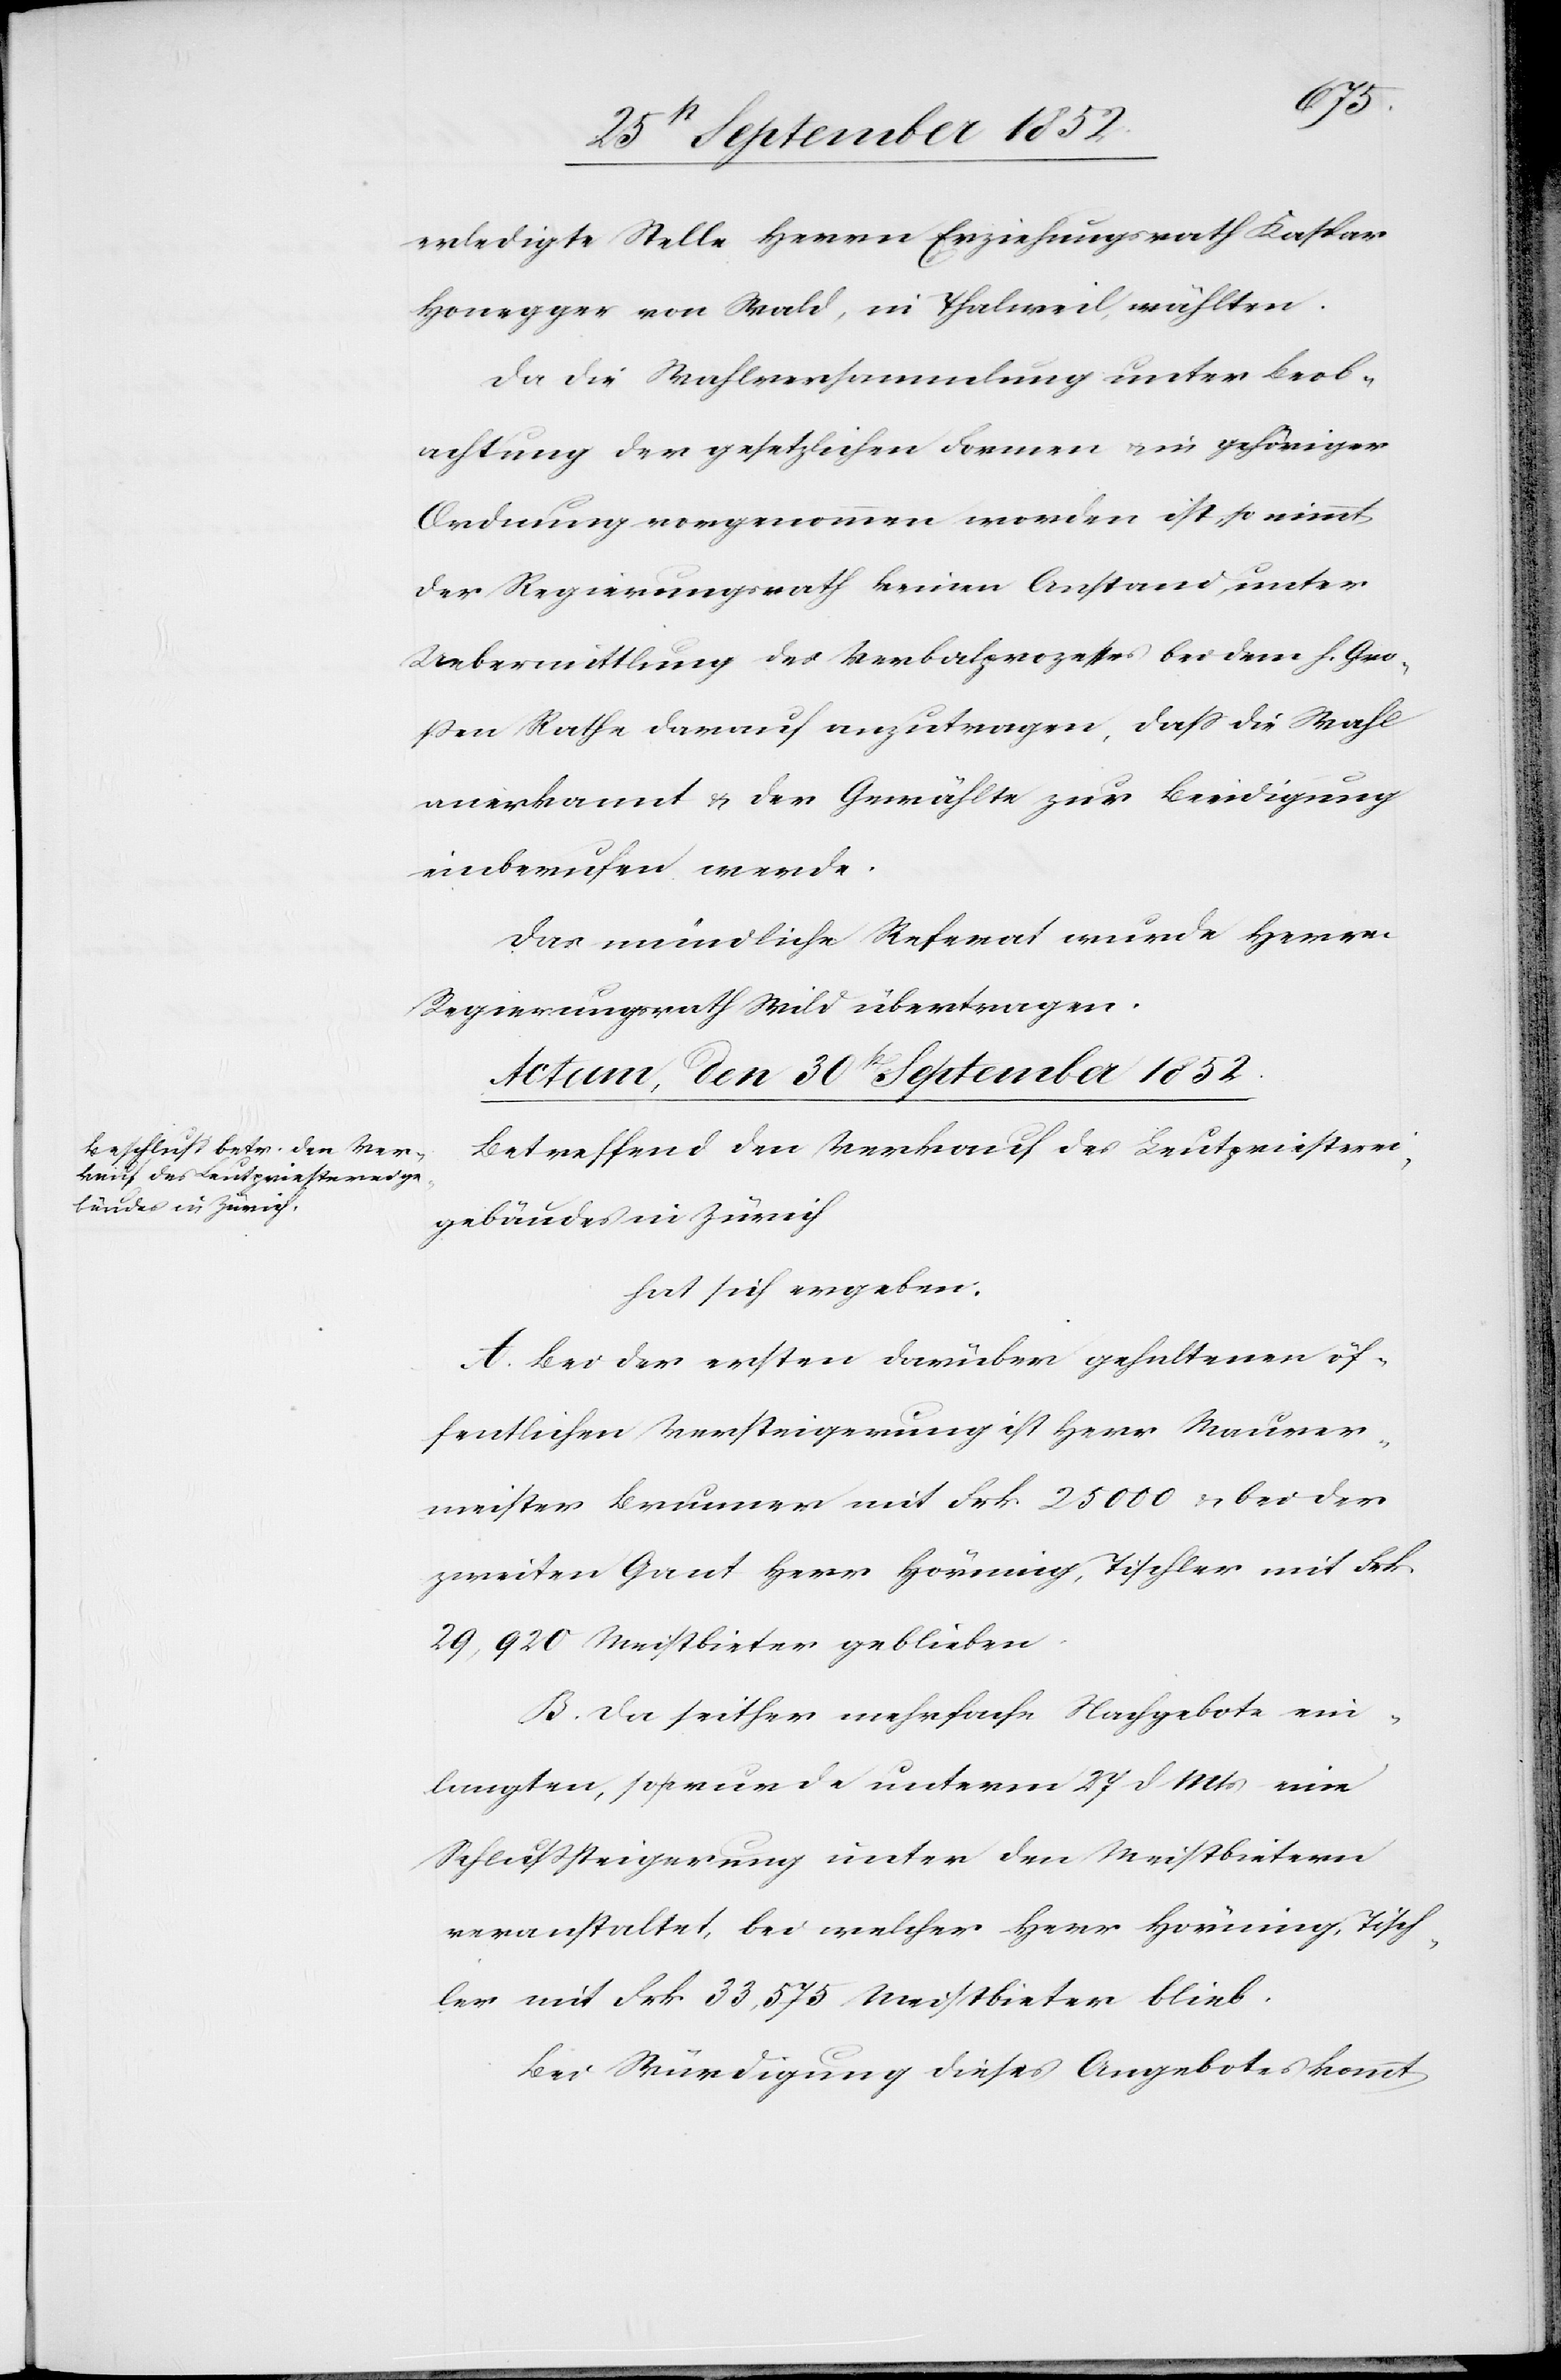
erledigte Stelle Herrn Erziehungsrath Kaspar
Honegger von Wald, in Thalweil, wählten.
Da die Wahlversammlung unter Beob¬
achtung der gesetzlichen Formen & in gehöriger
Ordnung vorgenommen worden ist, so nimmt
der Regierungsrath keinen Anstand, unter
Uebermittlung des Verbalprozesses bei dem h. Gro¬
ßen Rathe darauf anzutragen, dass die Wahl
anerkannt & der Gewählte zur Beeidigung
einberufen werde.
Das mündliche Referat wurde Herrn
Regierungsrath Wild übertragen.
Actum, den 30st September 1852.
Betreffend den Verkauf des Leutpriesterei¬
gebäudes in Zürich
hat sich ergeben:
A. Bei der ersten darüber gehaltenen öf¬
fentlichen Versteigerung ist Herr Maurer¬
meister Brunner mit Frk 25 000 & bei der
zweiten Gant Herr Hörning, Tischler mit Frk
29,920 Meistbieter geblieben.
B. Da seither mehrfache Nachgebote ein¬
langten, so wurde unterm 27 d Mts eine
Schlußsteigerung unter den Meistbietern
veranstaltet, bei welcher Herr Hörning, Tisch¬
ler mit Frk 33,575 Meistbieter blieb.
Bei Würdigung dieses Angebotes kommt